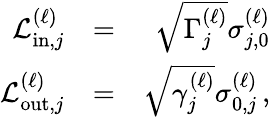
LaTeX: \begin{array}{rlr}{\mathcal{L}_{\mathrm{in},j}^{(\ell)}}&{=}&{\sqrt{\Gamma_{j}^{(\ell)}}\sigma_{j,0}^{\left(\ell\right)}}\\ {\mathcal{L}_{\mathrm{out},j}^{(\ell)}}&{=}&{\sqrt{\gamma_{j}^{(\ell)}}\sigma_{0,j}^{\left(\ell\right)}\, ,}\end{array}